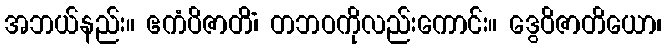
အဘယ်နည်း။ ဧကံပိဇာတိံ၊ တဘဝကိုလည်းကောင်း။ ဒွေဝိဇာတိယော၊